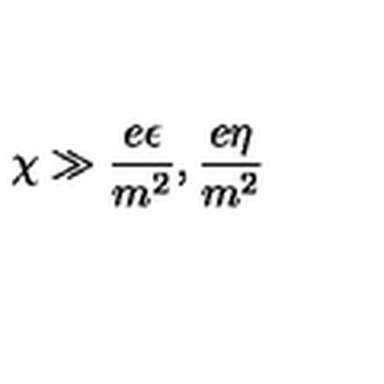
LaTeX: \chi \gg \frac { e \epsilon } { m ^ { 2 } } , \frac { e \eta } { m ^ { 2 } }